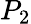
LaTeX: P_{2}